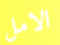
الامل